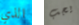
الذي يجب